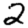
Digit: 2